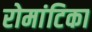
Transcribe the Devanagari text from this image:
रोमांटिका